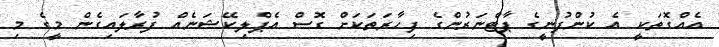
އެއްގޮތަކީ އެ ކުންފުނީގެ ޕާޓްނަރުންގެ ފިހާރަތަކަށް ގޮސް އެޕްލިކޭޝަނެއް ފުރާލައިގެން މީގެ މި